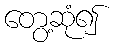
တွေ့ဆုံ၍